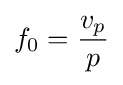
f_{0}={\frac {v_{p}}{p}}